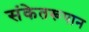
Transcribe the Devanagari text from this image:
संकेतरूपान